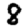
Digit: 8